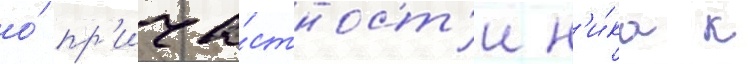
о́ пр'ича́стност'и н'и́ка к